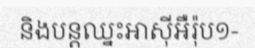
និងបន្តឈ្នះអាស៊ីអឺរ៉ុប១-